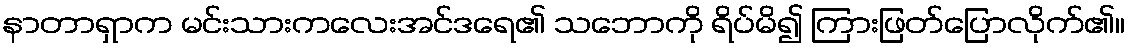
နာတာရှာက မင်းသားကလေးအင်ဒရေ၏ သဘောကို ရိပ်မိ၍ ကြားဖြတ်ပြောလိုက်၏။